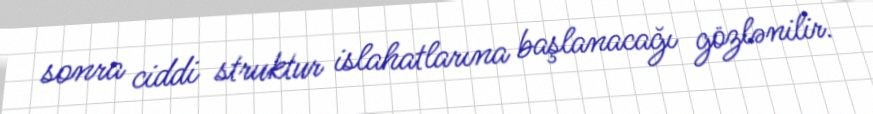
sonra ciddi struktur islahatlarına başlanacağı gözlənilir.